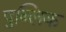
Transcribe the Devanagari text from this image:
पुब्लिक